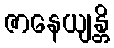
ဇာနေယျန္တိ